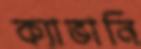
ক্যাভানি